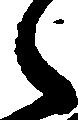
々